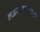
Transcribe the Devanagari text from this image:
तखारबहाद्दरपणाची